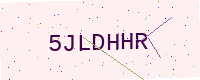
Text: 5JLDHHR